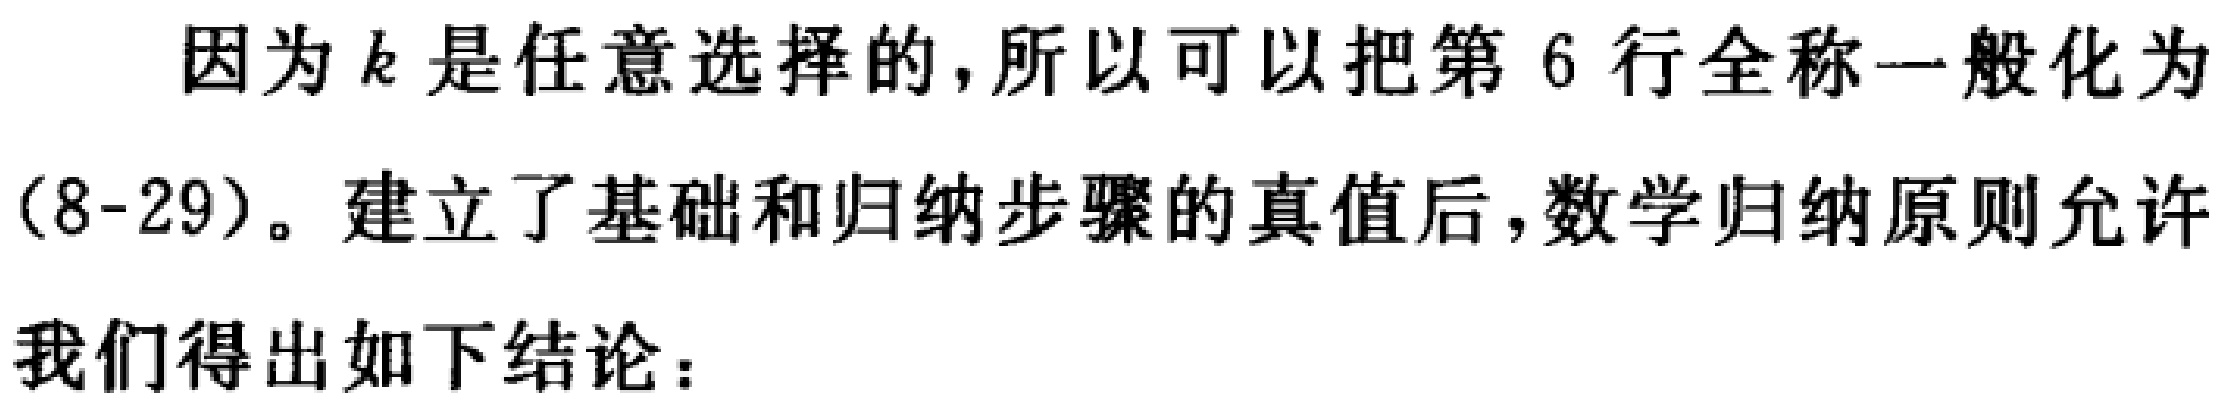
因为\(k\)是任意选择的,所以可以把第 \(6\) 行全称一般化为(8-29)。建立了基础和归纳步骤的真值后,数学归纳原则允许我们得出如下结论：